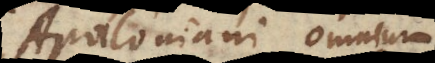
Apolloniani. Omnium